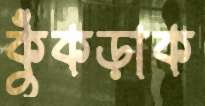
কুঁকড়াক